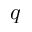
{ q }